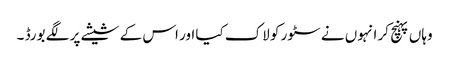
وہاں پہنچ کر انہوں نے سٹور کو لاک کیا اور اس کے شیشے پر لگے بورڈ ۔